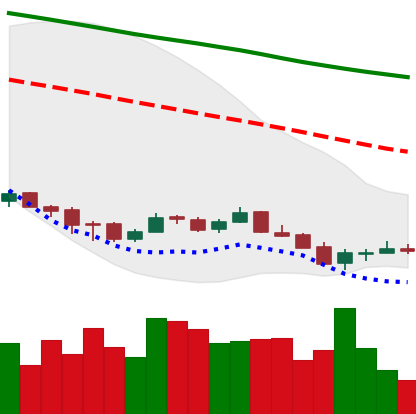
Ticker: ETC-USD
Chart end date: 2018-12-10
Forward return: -6.915%
Label: down_5_7